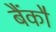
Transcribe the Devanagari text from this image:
बैंकौ